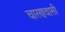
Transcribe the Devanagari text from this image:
चारणवासी